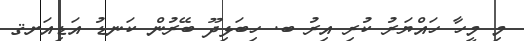
މި މީހާ ހައްޔަރު ކުރި އިރު ބ. ހިބަޅިދޫ ބޭރުން ކަނޑު އަޑިއަށޤ